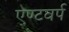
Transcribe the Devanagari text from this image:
एण्टवर्प